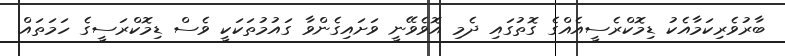
ބާރުވެރިކަމާއެކު ޑިމޮކްރެސީއެއްގެ ގޮތުގައި ދެމި އޮވެވޭނީ ވަށައިގެންވާ ގައުމުތަކަކީ ވެސް ޑިމޮކްރަސީގެ ހަމަތައް